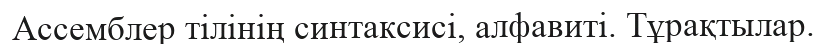
Ассемблер тілінің синтаксисі, алфавиті. Тұрақтылар.